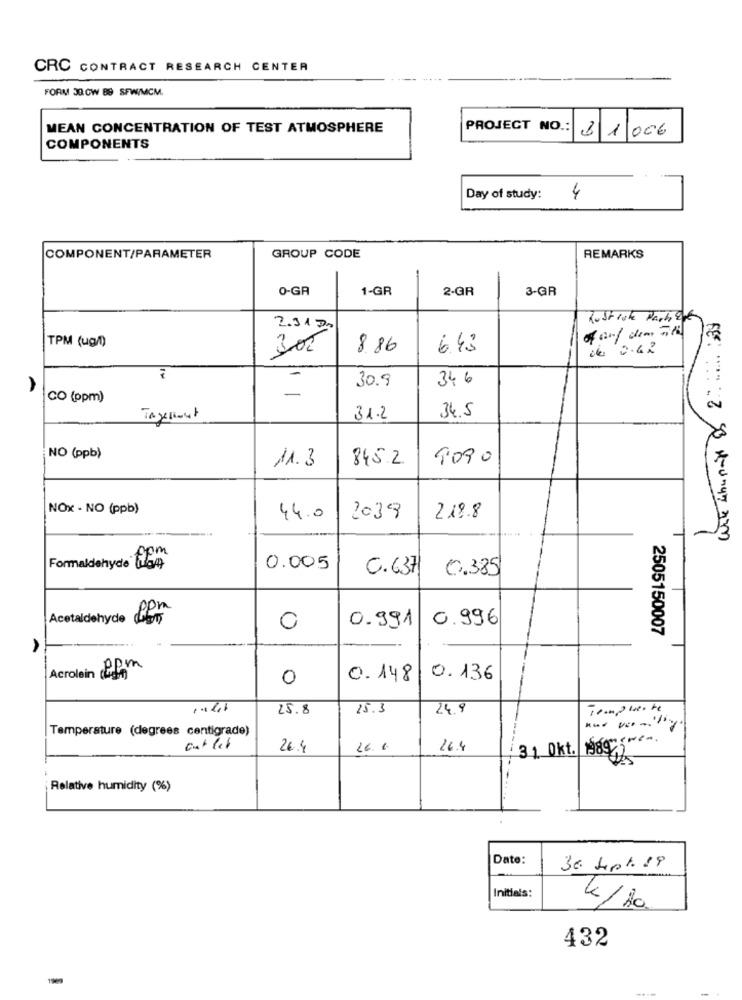
CRC CONTRACT RESEARCH CENTER
FORM 30. 0W BB SFW/MCM.
MEAN CONCENTRATION OF TEST ATMOSPHERE
PROJECT NO .:
81 00€
COMPONENTS
Day of study:
4
COMPONENT/PARAMETER
GROUP CODE
REMARKS
0-GR
1-GR
2-GR
3-GR
Rustroke Parbet
2.3170
TPM (ug/l)
300
8.86
6.43
de 0.62
-
30.9
346
A
-
CO (ppm)
31.2
34.5
NO (ppb)
11.3
845.2
9090
NOX - NO (ppb)
44.0
2039
219.8
-
ppm
Formaldehyde Com
0.005
C.637
0.385
ppm
Acetaldehyde ny
0.991
0.996
0
2505150007
A
-
Acrolein 2pm
0
0.148
0.136
25.8
15.3
24.9
Templierte
Temperature (degrees centigrade)
gwen,
cut let
26.4
16. 6
16.4
31 Okt.
198975
Relative humidity (%)
Date:
36 Sept. 19
Initials:
432